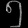
Digit: ၅